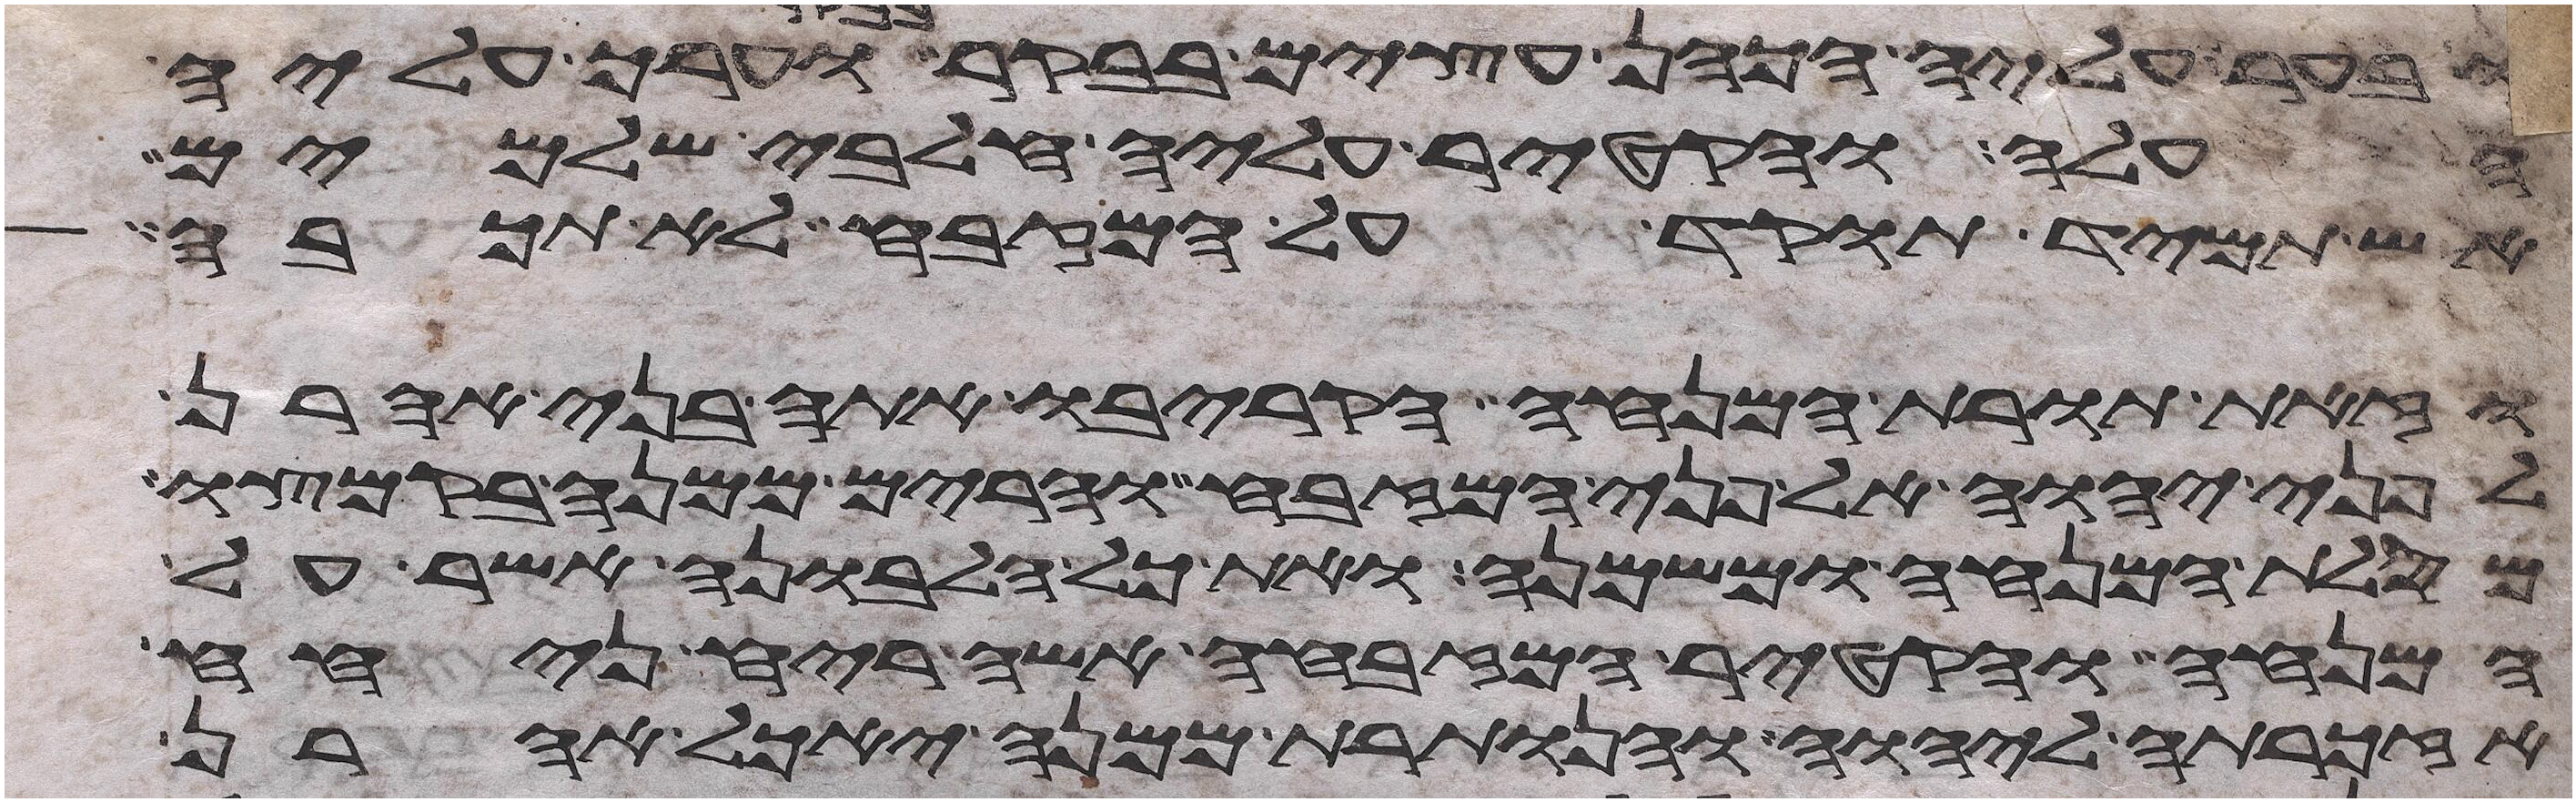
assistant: ובער עליה הכהן עצים בבקר בבקר וערך עליה
העלה והקטיר עליה חלבי שלמים
אש תמיד תוקד על המזבח לא תכבה
וזאת תורת המנחה הקריבו אתה בני אהרן
לפני יהוה אל פני המזבח והרים ממנה בקמצו
מסלת המנחה ומשמנה ואת כל הלבונה אשר על
המנחה והקטיר המזבחה אשה ריח ניחח
אזכרתה ליהוה והנותרת ממנה יאכל אהרן